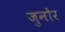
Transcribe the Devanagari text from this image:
जुनोर